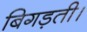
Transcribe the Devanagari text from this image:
बिगड़ती।